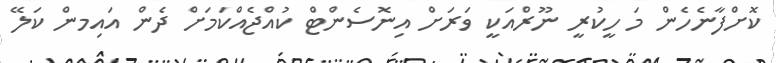
ކޮށްފާނެހެން މަ ހީކުރީ ނޫރްއަކީ ވަރަށް އިނޮސެންޓް ކުއްޖެއްކަމަށް ދެން އައިމން ކަލޭ